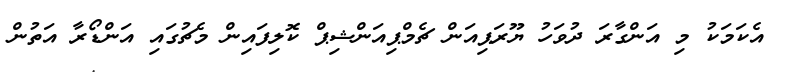
އެކަމަކު މި އަންގާރަ ދުވަހު ޔޫރަޕިއަން ޗެމްޕިއަންޝިޕް ކޮލިފައިން މެޗުގައި އަންޑޯރާ އަތުން